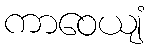
ကာဝေယျံ